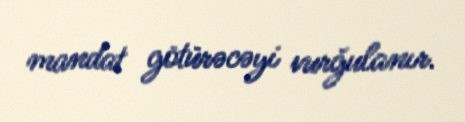
mandat götürəcəyi vurğulanır.